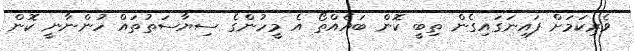
ވެރިކަމަށް ފައިނަގައިގެން ތިބީ ކޮން ބައެއްތޯ އެ މީހުންގެ ސިޔާސަތުތައް ހުންނާނީ ކޮން